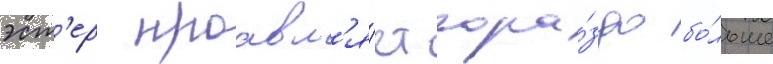
эст'ер проавл'я́ет гора́здо бо́льше